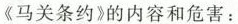
《马关条约》的内容和危害：